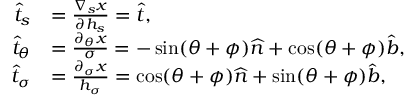
\begin{array} { r l } { \widehat { t } _ { s } } & { = \frac { \nabla _ { s } x } { \partial h _ { s } } = \widehat { t } , } \\ { \widehat { t } _ { \theta } } & { = \frac { \partial _ { \theta } x } { \sigma } = - \sin ( \theta + \phi ) \widehat { n } + \cos ( \theta + \phi ) \widehat { b } , } \\ { \widehat { t } _ { \sigma } } & { = \frac { \partial _ { \sigma } x } { h _ { \sigma } } = \cos ( \theta + \phi ) \widehat { n } + \sin ( \theta + \phi ) \widehat { b } , } \end{array}